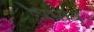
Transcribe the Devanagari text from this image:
ष्प्रभाव